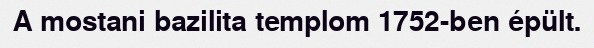
A mostani bazilita templom 1752-ben épült.